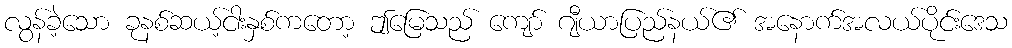
လွန်ခဲ့သော ခုနစ်ဆယ့်ငါးနှစ်ကတော့ ဤမြေသည် ကျော် ဂျီယာပြည်နယ်၏ အနောက်အလယ်ပိုင်းဒေသ